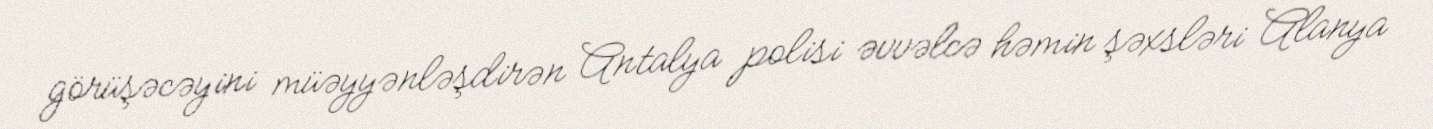
görüşəcəyini müəyyənləşdirən Antalya polisi əvvəlcə həmin şəxsləri Alanya